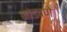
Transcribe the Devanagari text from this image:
मांडवणे